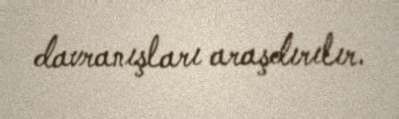
davranışları araşdırılır.